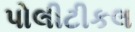
પોલીટીકલ